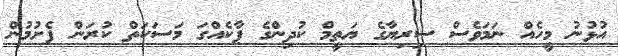
އުޅުނު މީހެއް ނަމަވެސް ސިރިޔާގެ ޔަތީމް ކުދިންގެ ޕާކެއްގަ މަސަކަތް ކުރަން ފެށުމުން